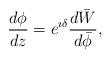
LaTeX: \begin{align*}\frac{d\phi}{dz}= e^{\imath \delta} \frac{d\bar{W}}{d\bar{\phi}},\end{align*}